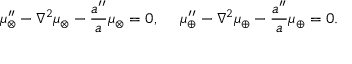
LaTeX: \mu _ { \otimes } ^ { \prime \prime } - \nabla ^ { 2 } \mu _ { \otimes } - \frac { a ^ { \prime \prime } } { a } \mu _ { \otimes } = 0 , ~ ~ ~ ~ \mu _ { \oplus } ^ { \prime \prime } - \nabla ^ { 2 } \mu _ { \oplus } - \frac { a ^ { \prime \prime } } { a } \mu _ { \oplus } = 0 .